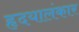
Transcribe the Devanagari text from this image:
हृदयालंकार